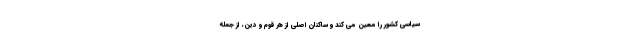
سیاسی کشور را معیّن می کند و ساکنان اصلی از هر قوم و دین، از جمله